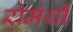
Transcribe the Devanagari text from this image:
रोमंथी